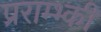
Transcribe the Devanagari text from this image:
प्रराम्भ्की